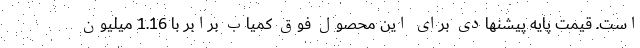
است. قیمت پایه پیشنهادی برای این محصول فوق کمیاب برابر با 1.16 میلیون